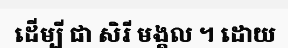
ដើម្បី ជា សិរី មង្គល ។ ដោយ